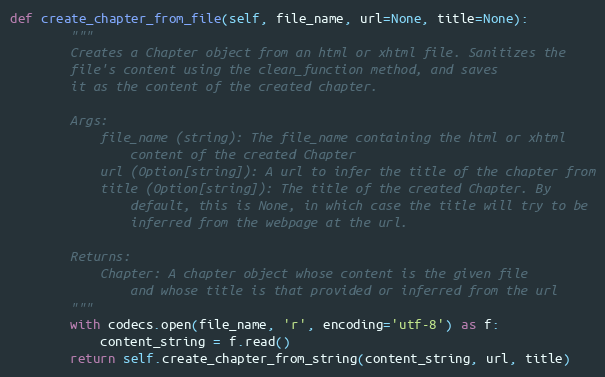
Language: Python
def create_chapter_from_file(self, file_name, url=None, title=None):
        """
        Creates a Chapter object from an html or xhtml file. Sanitizes the
        file's content using the clean_function method, and saves
        it as the content of the created chapter.

        Args:
            file_name (string): The file_name containing the html or xhtml
                content of the created Chapter
            url (Option[string]): A url to infer the title of the chapter from
            title (Option[string]): The title of the created Chapter. By
                default, this is None, in which case the title will try to be
                inferred from the webpage at the url.

        Returns:
            Chapter: A chapter object whose content is the given file
                and whose title is that provided or inferred from the url
        """
        with codecs.open(file_name, 'r', encoding='utf-8') as f:
            content_string = f.read()
        return self.create_chapter_from_string(content_string, url, title)